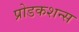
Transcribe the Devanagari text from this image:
प्रोडकशन्स